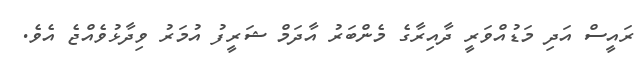
ރައީސް އަދި މަޑުއްވަރީ ދާއިރާގެ މެންބަރު އާދަމް ޝަރީފު އުމަރު ވިދާޅުވެއްޖެ އެވެ.